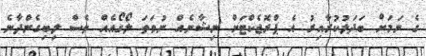
ގެ ނަމަށް ބަދަލުކުރާއިރު އެ ޕްރޮޖެކްޓަށް ނިޝާނެއް ނުވަތަ ލޯގޯއެއް ވެސް ލިބިގެންދާނެ